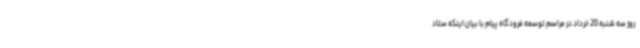
روز سه شنبه 20 خرداد در مراسم توسعه فرودگاه پیام با بیان اینکه ستاد